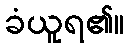
ခံယူရ၏။